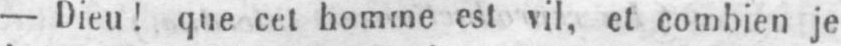
- Dieu! que cet homme est vil, et combien je